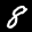
Label: 8